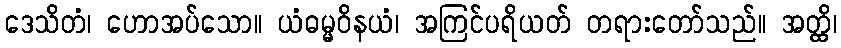
ဒေသိတံ၊ ဟောအပ်သော။ ယံဓမ္မဝိနယံ၊ အကြင်ပရိယတ် တရားတော်သည်။ အတ္ထိ၊